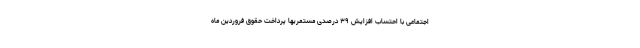
اجتماعی با احتساب افزایش ۳۹ درصدی مستمریها پرداخت حقوق فروردین ماه